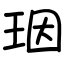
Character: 珚